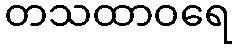
တသထာဝရေ